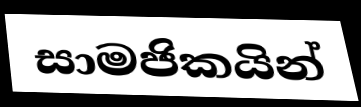
සාමජිකයින්